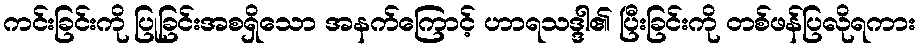
ကင်းခြင်းကို ပြုခြင်းအစရှိသော အနက်ကြောင့် ဟာရသဒ္ဒါ၏ ပြီးခြင်းကို တစ်ဖန်ပြလိုရကား